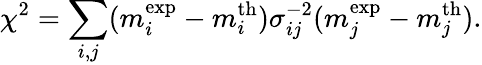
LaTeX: \chi^{2}=\sum_{i,j}(m_{i}^{\mathrm{exp}}-m_{i}^{\mathrm{th}})\sigma_{ij}^{-2}(m_{j}^{\mathrm{exp}}-m_{j}^{\mathrm{th}}).